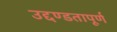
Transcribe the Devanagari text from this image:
उद्दण्डतापूर्ण